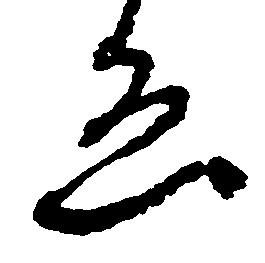
ゑ